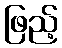
ဖြည့်